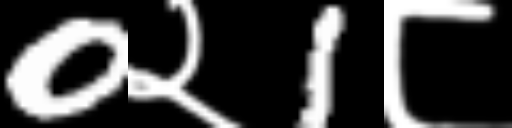
Text: 0२1८